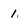
Character: 1